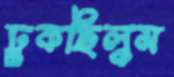
ঢুকছিলুম